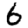
Digit: 6